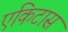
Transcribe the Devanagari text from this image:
एकिटास